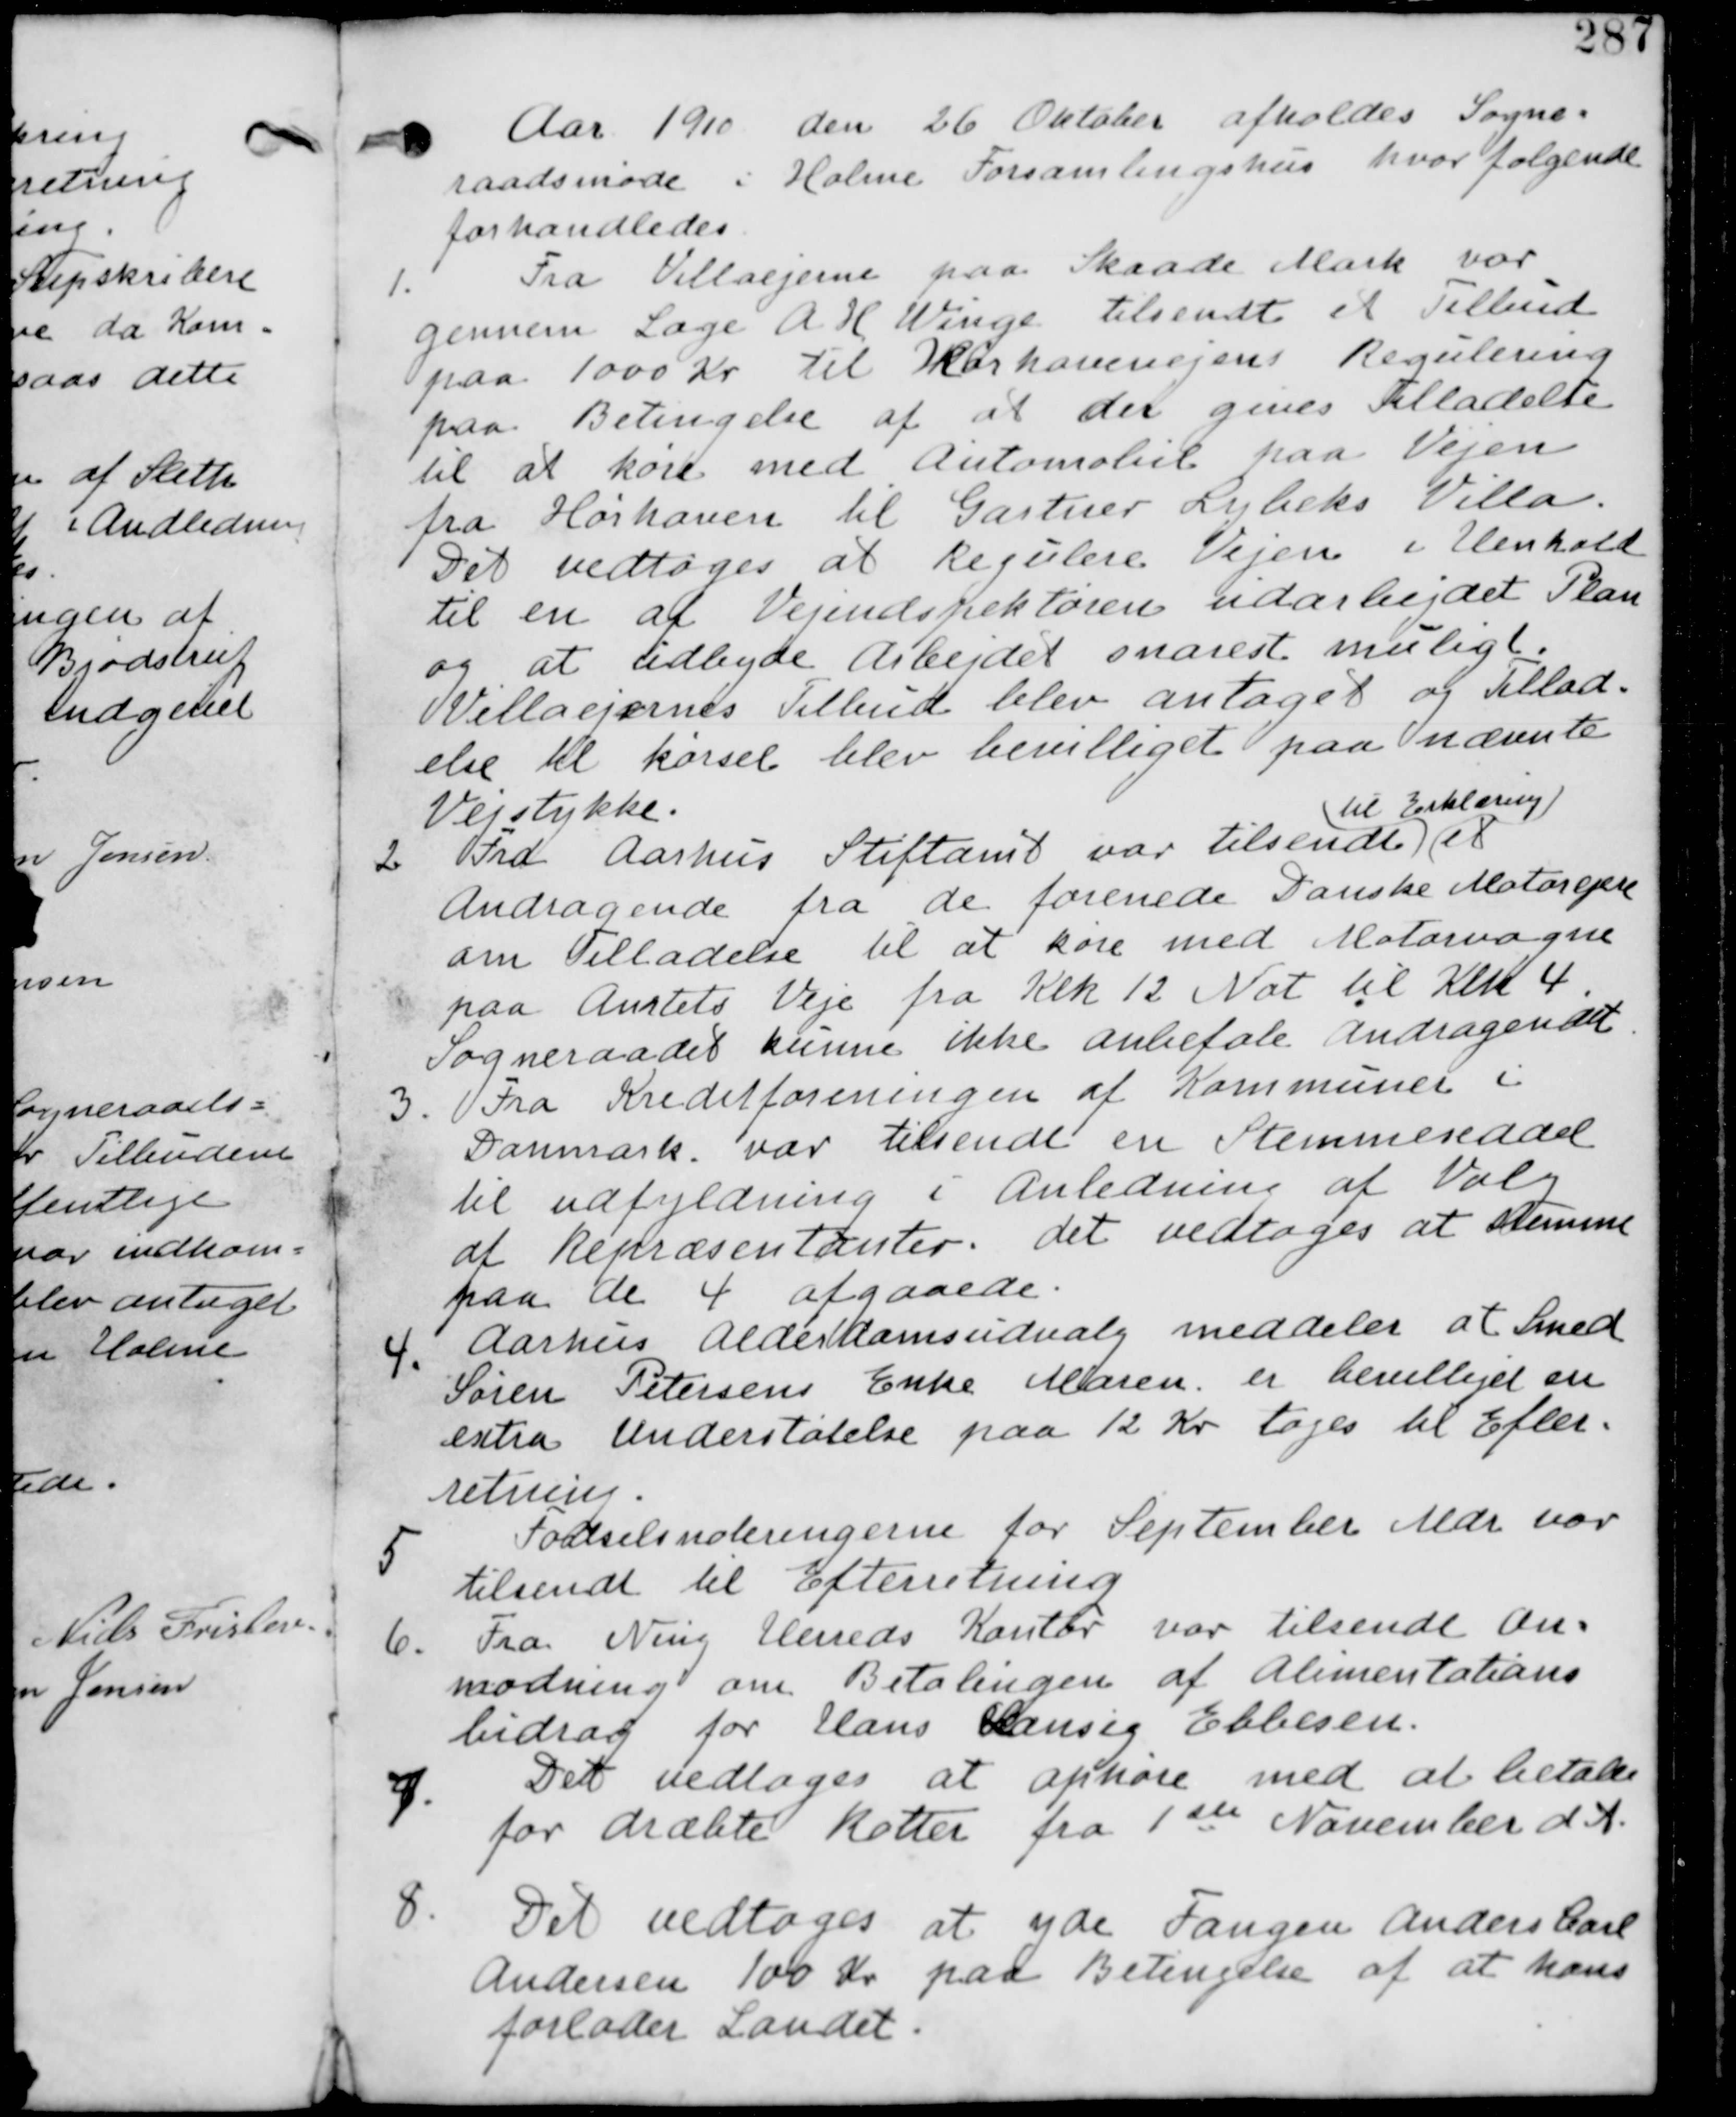
Transskription:
Aar 1910 den 26 Oktober afholdes Sogne-
raadsmøde i Holme Forsamlingshus hvor følgende
forhandledes

1. Fra Villaejerne paa Skaade Mark var
gennem Læge A H Winge tilsendt et Tilbud
paa 1000 Kr til Hørhavevejens Regulering
paa Betingelse af at der gives Tilladelse
til at køre med Automobil paa Vejen
fra Hørhaven til Gartner Lybeks Villa.
Det vedtages at Regulere Vejen i Henhold
til en af Vejinspektøren udarbejdet Plan
pg at udbyde Arbejdet snarest muligt.
Villaejernes Tilbud blev antaget og Tillad-
else til kørsel blev bevilliget paa nævnte
Vejstykke.

2. Fra Aarhus Stiftamt var tilsendt
til Erklæring
et
Andragende fra de forenede Danske Motorejere
om Tilladelse til at køre med Motorvogne
paa Amtets Veje fra Klk 12 Nat til Klk 4.
Sogneraadet kunne ikke anbefale Andragendet.

Fra Kreditforeningen af Kommuner i
Danmark var tilsendt en Stemmeseddel
til udfyldning i Anledning af Valg
af Repræsentanter. det vedtages at stemme
paa de 4 afgaaede.

4. Aarhus Alderdomsudvalg meddeler at Smed
Søren Petersens Enke Maren er bevilliget en
extra Understøtelse paa 12 Kr tages til Efter-
retning.

5.
Fødselsnoteringerne for September Mdr var
tilsendt til Efterretning

6. Fra Ning Herreds Kontor var tilsendt An-
modning om Betalingen af Alimentations
bidrag for Hans Hansig Ebbesen.

7.
Det vedtages at ophøre med at betale
for dræbte Rotter fra 1ste November d A.

8.
Det vedtages at yde Fangen Anders Carl
Andersen 100 Kr paa Betingelse af at han
forlader Landet.